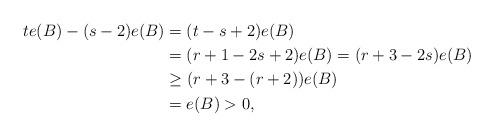
LaTeX: \begin{align*}te(B) - (s-2)e(B) &= (t-s+2)e(B)\\&=(r+1-2s+2)e(B) = (r+3 - 2s)e(B)\\&\ge (r+3- (r+2))e(B)\\&= e(B) > 0,\end{align*}